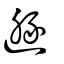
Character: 遯